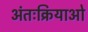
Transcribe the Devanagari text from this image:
अंतःक्रियाओ